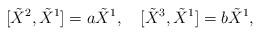
LaTeX: \begin{align*}[\tilde{X}^{2},\tilde{X}^{1}]=a\tilde{X}^{1},\quad[\tilde{X}^{3},\tilde{X}^{1}]=b\tilde{X}^{1},\end{align*}